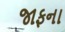
જાફના